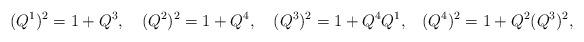
LaTeX: \begin{align*}(Q^{1})^{2}=1+Q^{3},\quad (Q^{2})^{2}=1+Q^{4},\quad(Q^{3})^{2}=1+Q^{4}Q^{1},\,\,\,\,\,(Q^{4})^{2}=1+Q^{2}(Q^{3})^{2},\end{align*}